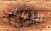
البنايات